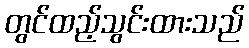
တွင်ထည့်သွင်းထားသည်